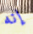
إنه